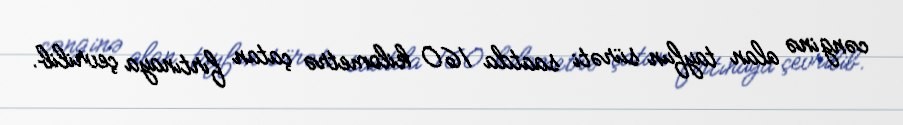
cənginə alan tayfun sürəti saatda 160 kilometrə çatan fırtınaya çevrilib.